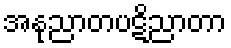
အနုညာတပဋိညာတာ